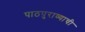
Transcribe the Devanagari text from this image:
पाठपुराव्याची